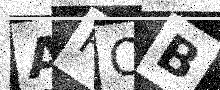
Text: AROB